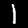
Label: 1